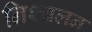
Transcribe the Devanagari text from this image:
निश्‍चलन